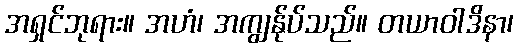
အရှင်ဘုရား။ အဟံ၊ အကျွန်ုပ်သည်။ တယာဝါဒိနာ၊